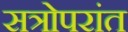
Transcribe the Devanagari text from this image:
सत्रोपरांत